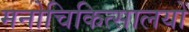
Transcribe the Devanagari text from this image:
मनोचिकित्सालयों